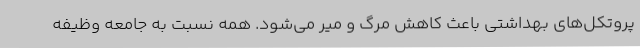
پروتکل‌های بهداشتی باعث کاهش مرگ و میر می‌شود. همه نسبت به جامعه وظیفه